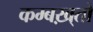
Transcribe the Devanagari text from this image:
कम्बख़्तो